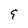
Character: 9